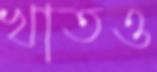
খাতও